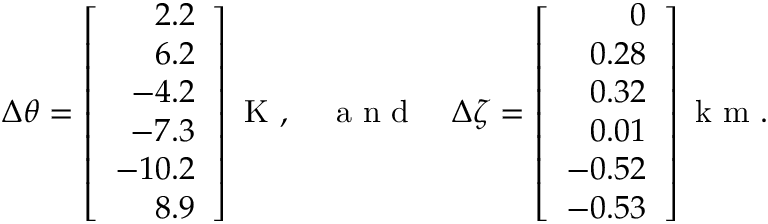
{ \Delta \theta } = \left[ \begin{array} { r } { 2 . 2 } \\ { 6 . 2 } \\ { - 4 . 2 } \\ { - 7 . 3 } \\ { - 1 0 . 2 } \\ { 8 . 9 } \end{array} \right] \mathrm { ~ K ~ } , \quad \mathrm { ~ a ~ n ~ d ~ } \quad { \Delta \zeta } = \left[ \begin{array} { r } { 0 } \\ { 0 . 2 8 } \\ { 0 . 3 2 } \\ { 0 . 0 1 } \\ { - 0 . 5 2 } \\ { - 0 . 5 3 } \end{array} \right] \mathrm { ~ k ~ m ~ } .